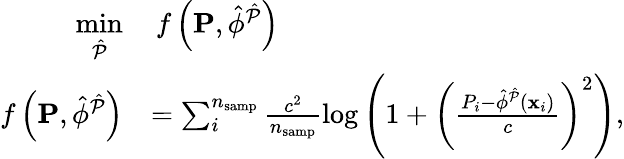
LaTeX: \begin{array}{rl}{\underset{\hat{\mathcal{P}}}{\mathrm{min}}}&{\, f\left(\mathbf{P},\hat{\phi}^{\hat{\mathcal{P}}}\right)}\\ {f\left(\mathbf{P},\hat{\phi}^{\hat{\mathcal{P}}}\right)}&{=\sum_{i}^{n_{\mathrm{samp}}}\frac{c^{2}}{n_{\mathrm{samp}}}\log\left(1+\left(\frac{P_{i}-\hat{\phi}^{\hat{\mathcal{P}}}\left(\mathbf{x}_{i}\right)}{c}\right)^{2}\right),}\end{array}